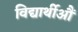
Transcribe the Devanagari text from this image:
विद्यार्थीऔं